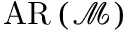
\operatorname { A R } \left( { \mathcal { M } } \right)